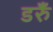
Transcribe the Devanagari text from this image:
डरुँ